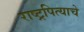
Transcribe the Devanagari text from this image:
राष्ट्रपित्याचे